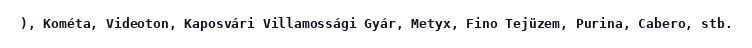
), Kométa, Videoton, Kaposvári Villamossági Gyár, Metyx, Fino Tejüzem, Purina, Cabero, stb.